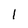
Character: l